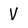
Character: V